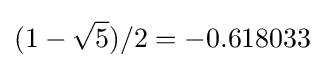
(1-{\sqrt {5}})/2=-0.618033